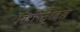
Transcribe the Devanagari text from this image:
निर्दोषतेबद्दल